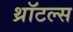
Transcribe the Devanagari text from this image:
थ्रॉटल्स